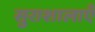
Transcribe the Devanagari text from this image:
सुराशालाएँ